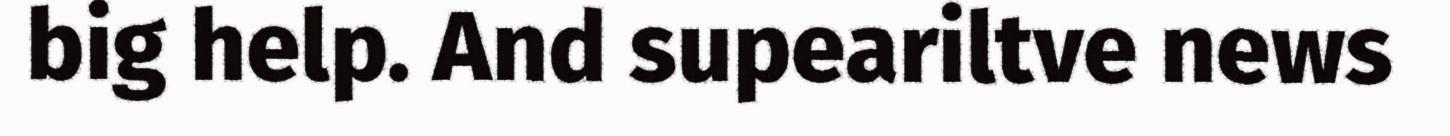
big help. And supeariltve news